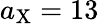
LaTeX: a_{\mathrm{X}}=13